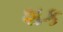
શક